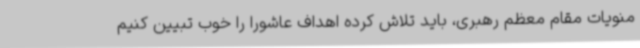
منویات مقام معظم رهبری، باید تلاش کرده اهداف عاشورا را خوب تبیین کنیم